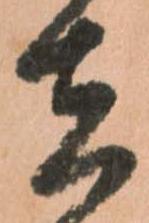
在